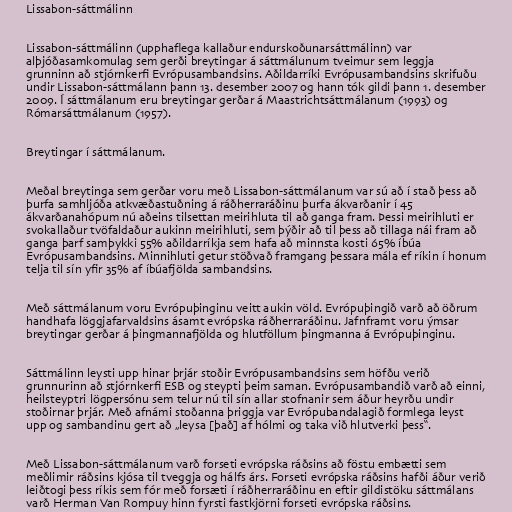
Lissabon-sáttmálinn

Lissabon-sáttmálinn (upphaflega kallaður endurskoðunarsáttmálinn) var
alþjóðasamkomulag sem gerði breytingar á sáttmálunum tveimur sem leggja
grunninn að stjórnkerfi Evrópusambandsins. Aðildarríki Evrópusambandsins skrifuðu
undir Lissabon-sáttmálann þann 13. desember 2007 og hann tók gildi þann 1. desember
2009. Í sáttmálanum eru breytingar gerðar á Maastrichtsáttmálanum (1993) og
Rómarsáttmálanum (1957).

Breytingar í sáttmálanum.

Meðal breytinga sem gerðar voru með Lissabon-sáttmálanum var sú að í stað þess að
þurfa samhljóða atkvæðastuðning á ráðherraráðinu þurfa ákvarðanir í 45
ákvarðanahópum nú aðeins tilsettan meirihluta til að ganga fram. Þessi meirihluti er
svokallaður tvöfaldaður aukinn meirihluti, sem þýðir að til þess að tillaga nái fram að
ganga þarf samþykki 55% aðildarríkja sem hafa að minnsta kosti 65% íbúa
Evrópusambandsins. Minnihluti getur stöðvað framgang þessara mála ef ríkin í honum
telja til sín yfir 35% af íbúafjölda sambandsins.

Með sáttmálanum voru Evrópuþinginu veitt aukin völd. Evrópuþingið varð að öðrum
handhafa löggjafarvaldsins ásamt evrópska ráðherraráðinu. Jafnframt voru ýmsar
breytingar gerðar á þingmannafjölda og hlutföllum þingmanna á Evrópuþinginu.

Sáttmálinn leysti upp hinar þrjár stoðir Evrópusambandsins sem höfðu verið
grunnurinn að stjórnkerfi ESB og steypti þeim saman. Evrópusambandið varð að einni,
heilsteyptri lögpersónu sem telur nú til sín allar stofnanir sem áður heyrðu undir
stoðirnar þrjár. Með afnámi stoðanna þriggja var Evrópubandalagið formlega leyst
upp og sambandinu gert að „leysa [það] af hólmi og taka við hlutverki þess“.

Með Lissabon-sáttmálanum varð forseti evrópska ráðsins að föstu embætti sem
meðlimir ráðsins kjósa til tveggja og hálfs árs. Forseti evrópska ráðsins hafði áður verið
leiðtogi þess ríkis sem fór með forsæti í ráðherraráðinu en eftir gildistöku sáttmálans
varð Herman Van Rompuy hinn fyrsti fastkjörni forseti evrópska ráðsins.